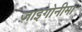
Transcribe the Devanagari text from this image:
ज़ाइगोनीमा